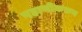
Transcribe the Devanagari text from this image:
पहाणीकरुन